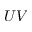
U V